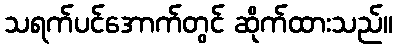
သရက်ပင်အောက်တွင် ဆိုက်ထားသည်။